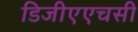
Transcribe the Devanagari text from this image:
डिजीएएचसी